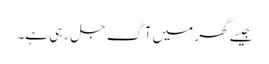
جیسے گھر میں آگ جل رہی ہے۔